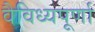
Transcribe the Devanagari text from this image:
वैविध्यपूर्णा